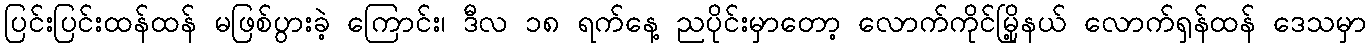
ပြင်းပြင်းထန်ထန် မဖြစ်ပွားခဲ့ ကြောင်း၊ ဒီလ ၁၈ ရက်နေ့ ညပိုင်းမှာတော့ လောက်ကိုင်မြို့နယ် လောက်ရှန်ထန် ဒေသမှာ